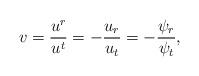
LaTeX: \begin{align*} v=\frac{u^r}{u^t}=-\frac{u_r}{u_t}=-\frac{\psi_r}{\psi_t},\end{align*}